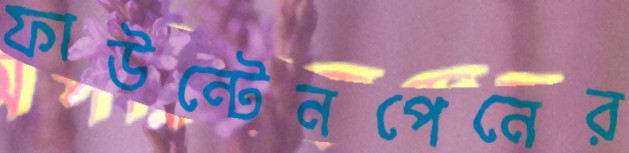
ফাউন্টেনপেনের